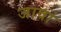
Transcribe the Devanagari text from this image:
जावां